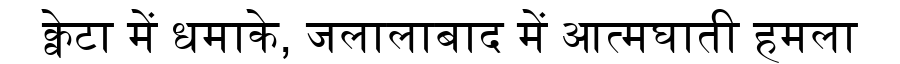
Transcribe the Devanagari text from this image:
क्वेटा में धमाके, जलालाबाद में आत्मघाती हमला